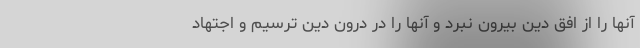
آنها را از افق دین بیرون نبرد و آنها را در درون دین ترسیم و اجتهاد